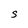
Character: S